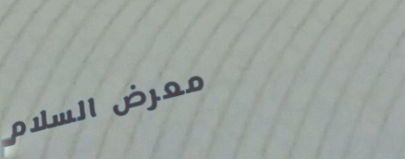
معرض السلام